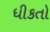
ધીકતો